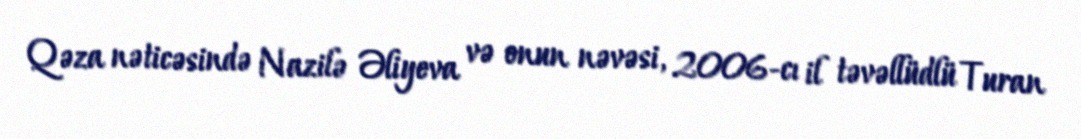
Qəza nəticəsində Nazilə Əliyeva və onun nəvəsi, 2006-cı il təvəllüdlü Turan